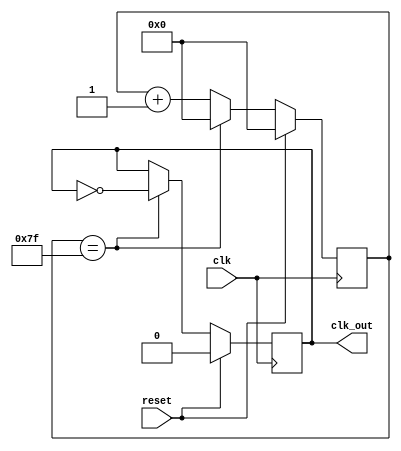
// Divide clock by 256, used to generate 32.768 kHz clock for AON block
module clkdivider
(
  input wire clk,
  input wire reset,
  output reg clk_out
);

  reg [7:0] counter;

  always @(posedge clk)
  begin
    if (reset)
    begin
      counter <= 8'd0;
      clk_out <= 1'b0;
    end
//  Bob: this original source code is wrong, because it is actually divided clock by 512, so correct it
    //else if (counter == 8'hff)
    else if (counter == 8'h7f)
    begin
      counter <= 8'd0;
      clk_out <= ~clk_out;
    end
    else
    begin
      counter <= counter+1;
    end
  end
endmodule